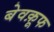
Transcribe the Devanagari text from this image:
बेवक़ूफ